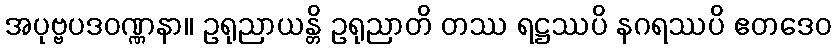
အပုဗ္ဗပဒဝဏ္ဏနာ။ ဥရုညာယန္တိ ဥရုညာတိ တဿ ရဋ္ဌဿပိ နဂရဿပိ ဧတဒေဝ